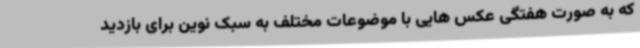
که به صورت هفتگی عکس هایی با موضوعات مختلف به سبک نوین برای بازدید